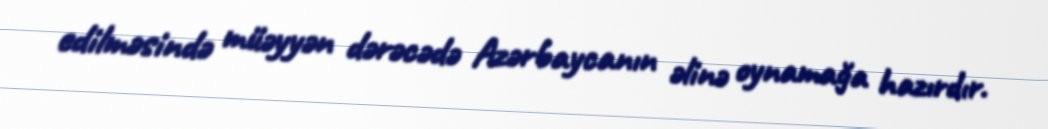
edilməsində müəyyən dərəcədə Azərbaycanın əlinə oynamağa hazırdır.